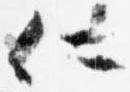
仁